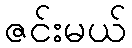
ဇင်းမယ်